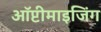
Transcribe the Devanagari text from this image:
ऑप्टीमाइजिंग